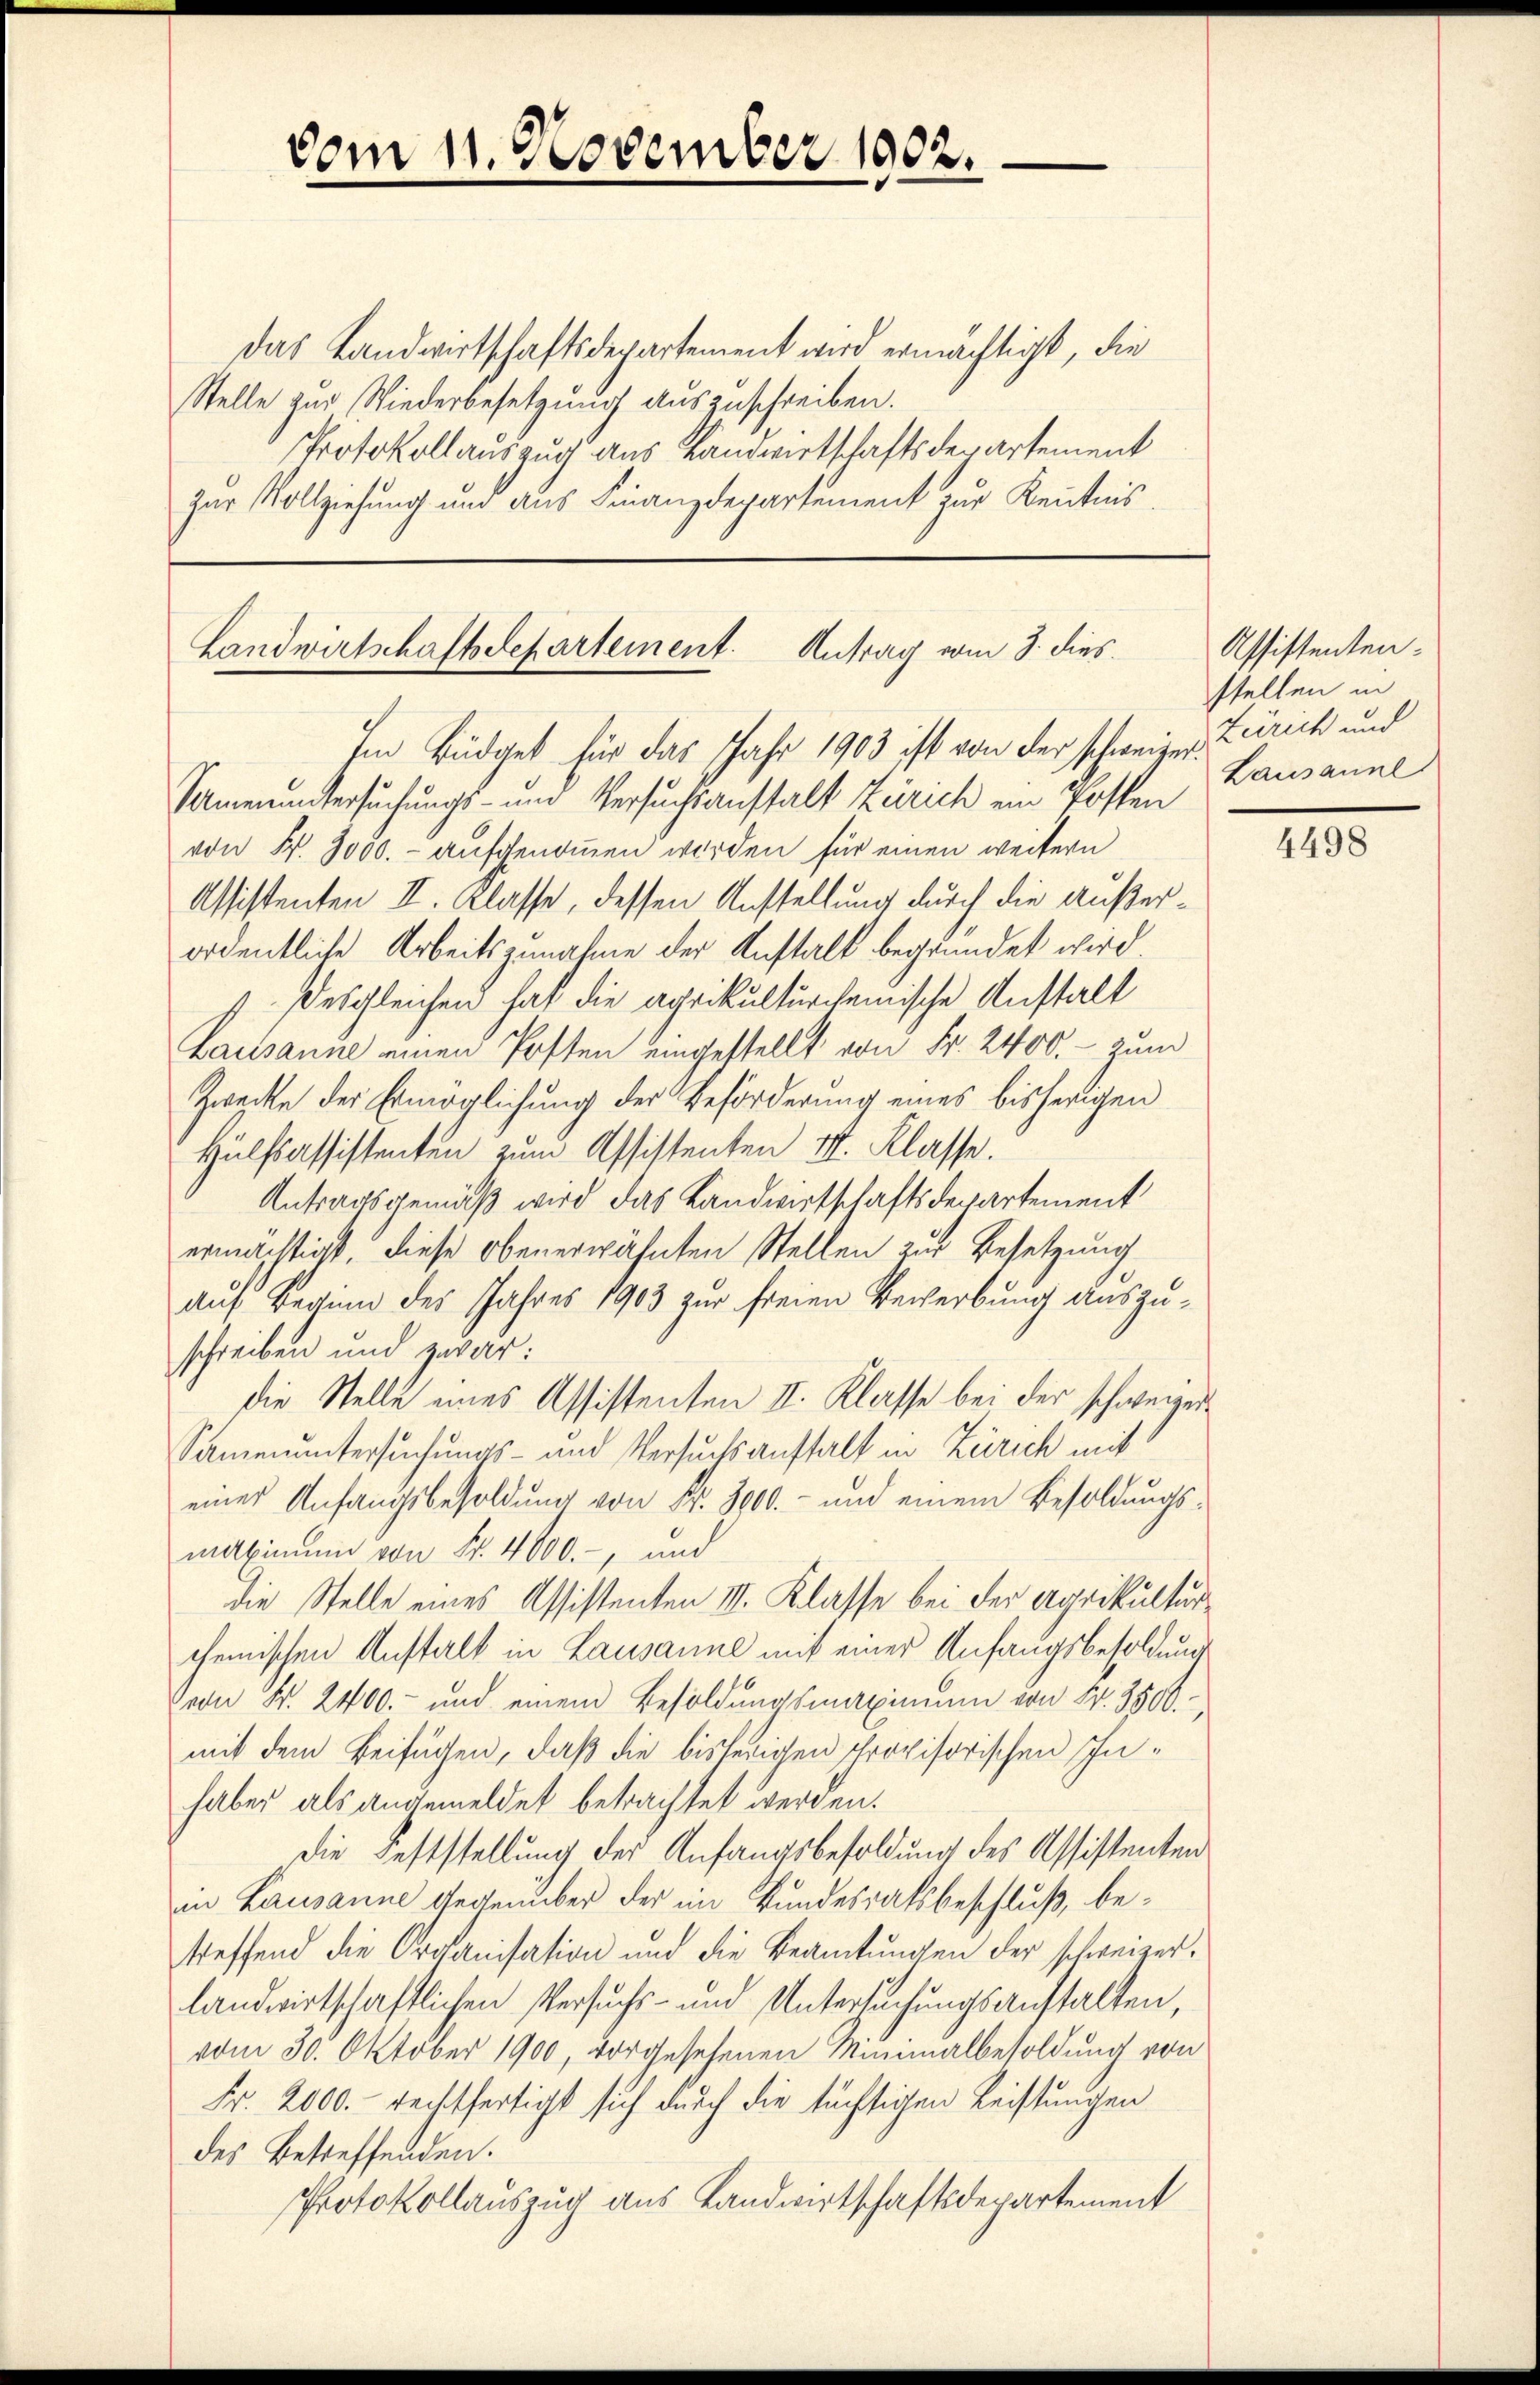
vom 11. November 1902.

Das Landwirtschaftsdepartement wird ermächtigt, die
Stelle zur Wiederbesetzung auszuschreiben.
Protokollauszug aus Landwirtschaftsdepartement
zur Vollziehung und aus Finanzdepartement zur Kenntnis.

Landwirtschaftsdepartement. Antrag vom 3. dies
Im Büdget für das Jahr 1903 ist von der schweizer Zürich und

Samenuntersuchungs- und Versuchsanstalt Zürich ein Posten
von Fr. 3000.- aufgenommen werden für einen weitern
Assistenten II. Klasse, dessen Anstellung durch die außerordentliche Arbeitszunahme der Anstalt begründet wird.
Desgleichen hat die agrikulturchemische Anstalt
Lausanne einen Posten eingestellt von Fr. 2400.- zum
Zwecke der Ermöglichung der Beförderung eines bisherigen
Hülfsassistenten zum Assistenten II. Klasse.
Antragsgemäß wird das Landwirtschaftsdepartement
ermächtigt, diese obenerwähnten Stellen zur Besetzung
auf Begung des Jahres 1903 zur freien Bewerbung auszuschreiben und zwar:
die Stelle eines Assistenten II. Klasse bei der schweizer¬
Samenuntersuchungs- und Versuchsaufhalt in Zürich mit
eines Anfangsbesoldung von Nr. 3000.- und einem Besoldungsmaximum von Fr. 4000.-, und
die Stelle eines Assistenten II. Klasse bei der Agrikultur
chemischen Anstalt in Lausanne mit einer Anfangsbesoldung
von Fr. 2400.- und einem Besoldŭngsmaximum von Fr. 3500.
mit dem Beifügen, daß die bisherigen Provisorischen Inhaber als angemeldet betrachtet werden.
Die Feststellung der Anfangsbesoldung des Assistenten
in Lausanne Gegenüber der im Bundesratsbeschluß, betreffend die Organisation und die Beamtungen der schweizerlandwirtschaftlichen Versuchs- und Untersuchungsanstalten,
vom 30. Oktober 1900, vorgesehenen Minimalbesoldung von
Fr. 2000. rechtfertigt sich durch die tüchtigen Leistungen
des Betreffenden.
Protokollauszug aus Landwirtschaftsdepartement

Assistenten.
stellen in
Lausanne

4498